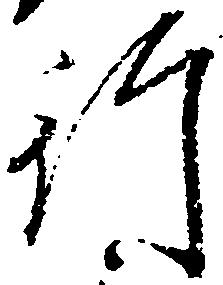
行